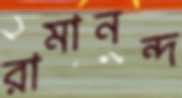
রামানন্দ